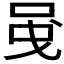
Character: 𠲁